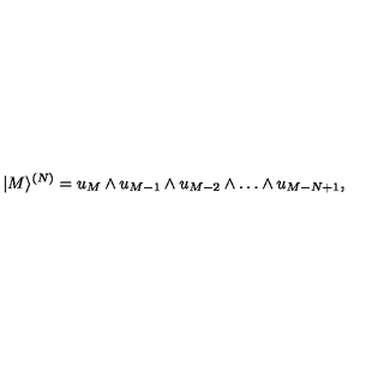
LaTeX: | M \rangle ^ { ( N ) } = u _ { M } \wedge u _ { M - 1 } \wedge u _ { M - 2 } \wedge \dots \wedge u _ { M - N + 1 } ,